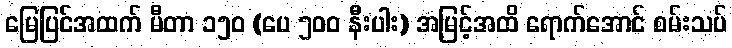
မြေပြင်အထက် မီတာ ၁၅၀ (ပေ ၅၀၀ နီးပါး) အမြင့်အထိ ရောက်အောင် စမ်းသပ်